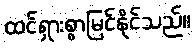
ထင်ရှားစွာမြင်နိုင်သည်။